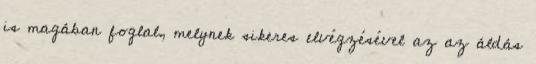
is magában foglal, melynek sikeres elvégzésével az az áldás